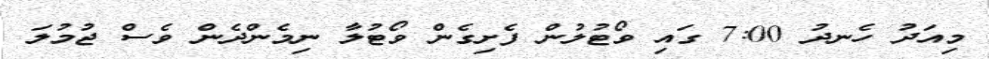
މިއަދު ހެނދު 7:00 ގައި ވޯޓުލުން ފެށިގެން ވޯޓުލާ ނިމެންދެން ވެސް ޖުމުލަ